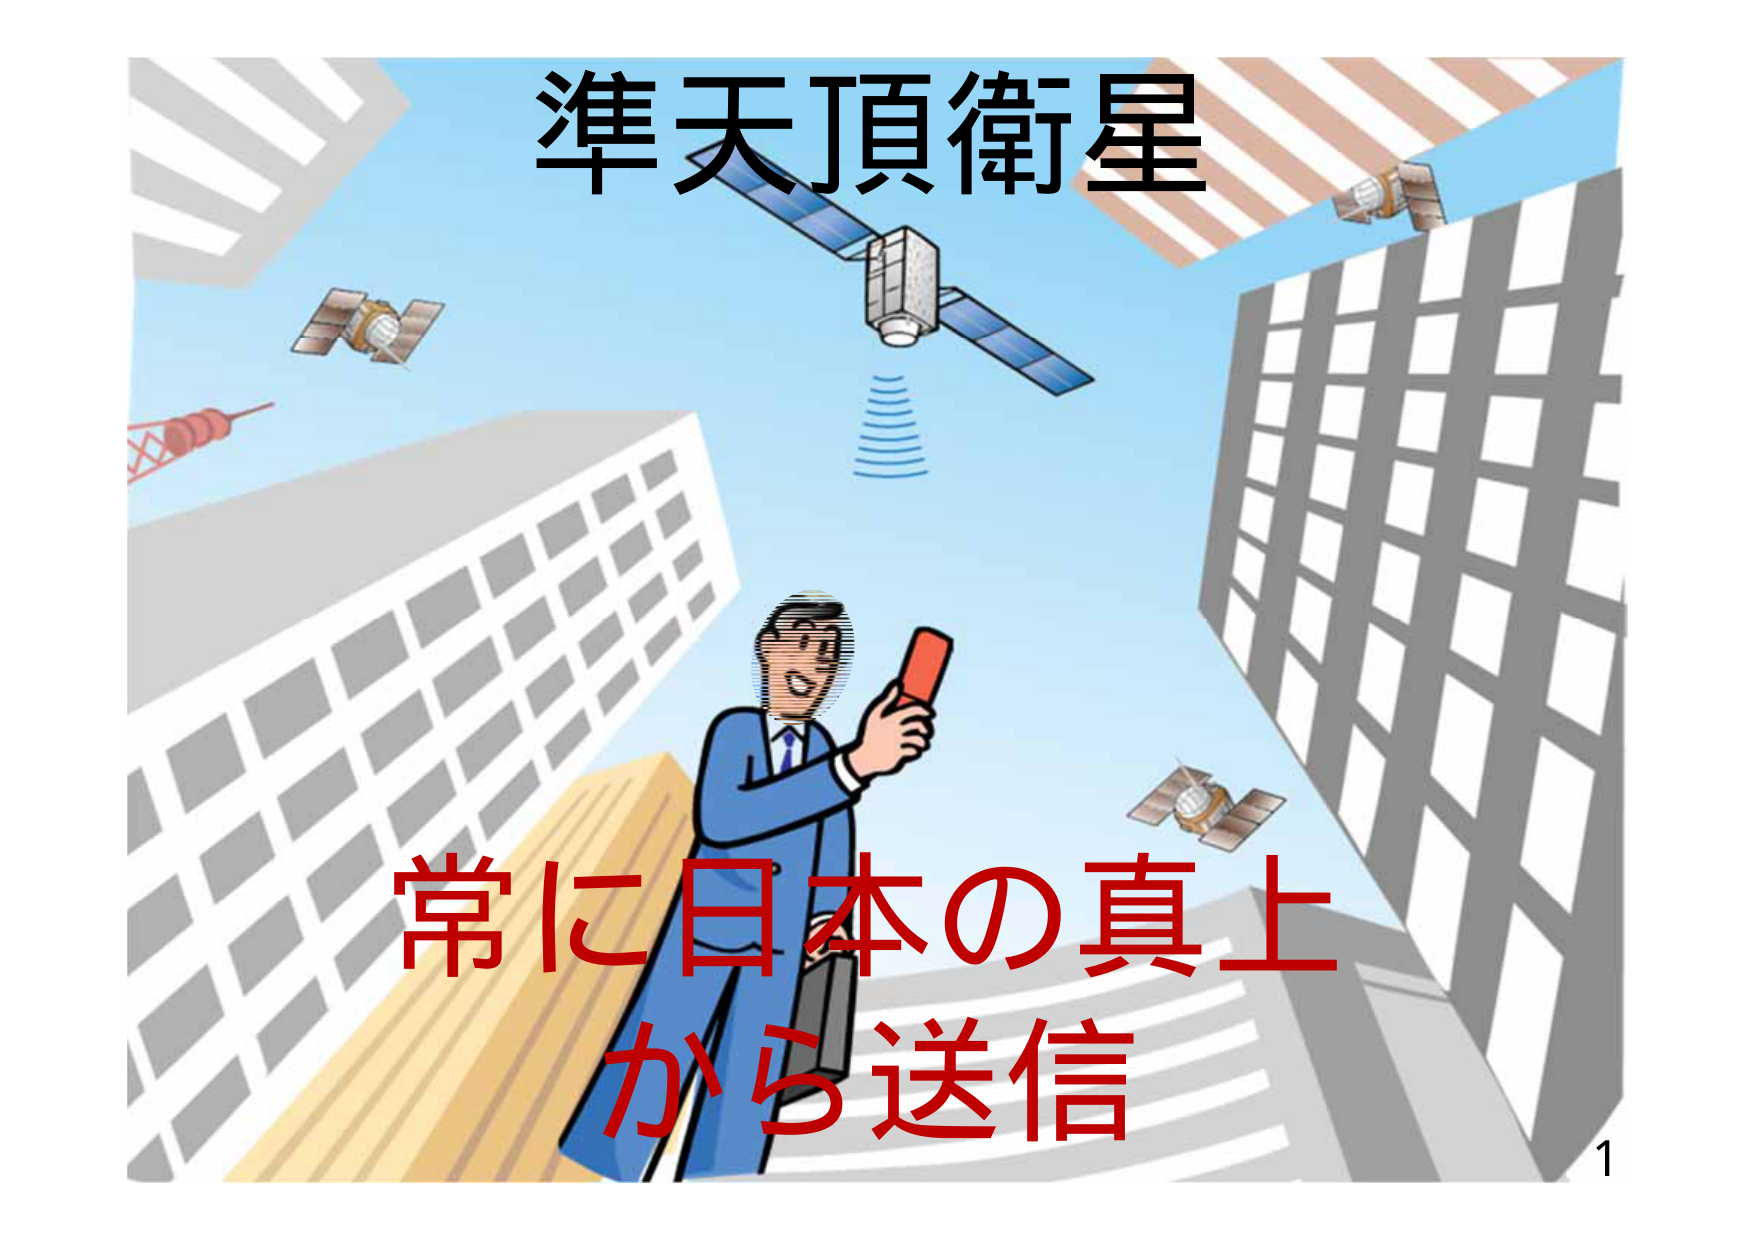
準天頂衛星
常に日本の真上
から送信
1